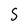
Character: S